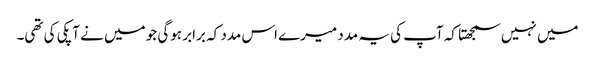
میں نہیں سمجھتا کہ آپ کی یہ مدد میرے اس مدد کہ برابر ہوگی جو میں نے آپکی کی تھی۔